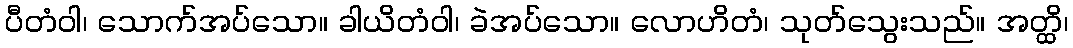
ပီတံဝါ၊ သောက်အပ်သော။ ခါယိတံဝါ၊ ခဲအပ်သော။ လောဟိတံ၊ သုတ်သွေးသည်။ အတ္ထိ၊